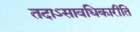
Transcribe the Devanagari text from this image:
तदाऽसावधिकारीति